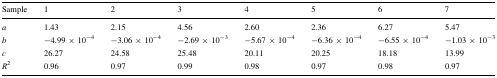
| Sample | 1 | 2 | 3 | 4 | 5 | 6 | 7 |
 | --- | --- | --- | --- | --- | --- | --- | --- |
 | a | 1.43 | 2.15 | 4.56 | 2.60 | 2.36 | 6.27 | 5.47 |
 | b | −4.99 × 10−4 | −3.06 × 10−4 | −2.69 × 10−3 | −5.67 × 10−4 | −6.36 × 10−4 | −6.55 × 10−4 | −1.03 × 10−3 |
 | c | 26.27 | 24.58 | 25.48 | 20.11 | 20.25 | 18.18 | 13.99 |
 | R2 | 0.96 | 0.97 | 0.99 | 0.98 | 0.97 | 0.98 | 0.97 |